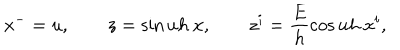
x ^ { - } = u , \qquad z = \sin u h ~ x , \qquad z ^ { i } = \frac { E } { h } \cos u h ~ x ^ { i } , \nonumber